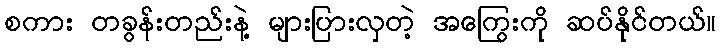
စကား တခွန်းတည်းနဲ့ များပြားလှတဲ့ အကြွေးကို ဆပ်နိုင်တယ်။